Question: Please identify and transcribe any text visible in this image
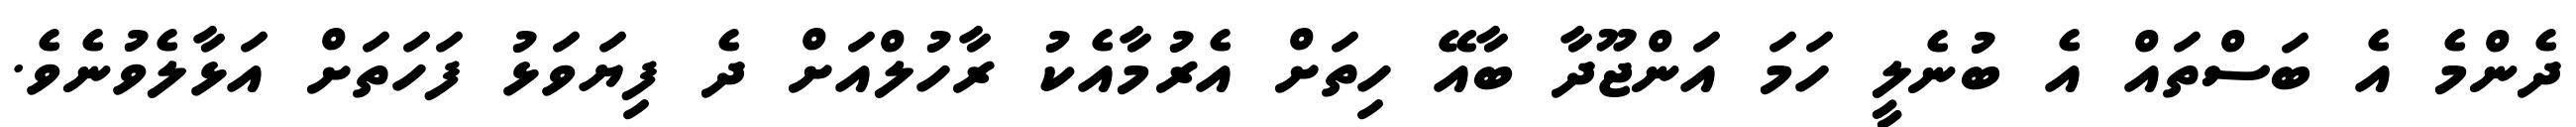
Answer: ދެންމެ އެ ބަސްތައް އެ ބުނެލީ ހަމަ އަންޖޫދާ ބާއޭ ހިތަށް އެރުމާއެކު ރާހުލްއަށް ދެ ފިޔަވަޅު ފަހަތަށް އަޅާލެވުނެވެ.